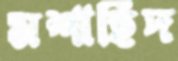
মশাহিদ